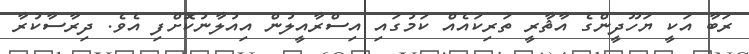
ރަބާ އަކީ ޔަހޫދީންގެ އާޘާރީ ތަރިކައެއް ކަމުގައި އިސްރާއީލުން އިއުލާނުކޮށްފި އެވެ. ދިރާސާކުރާ